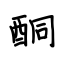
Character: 酮